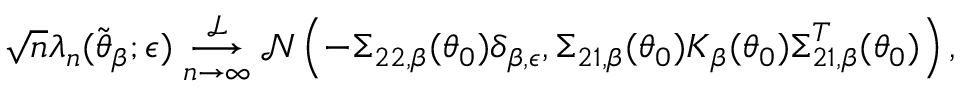
\sqrt { n } \boldsymbol { \lambda } _ { n } ( \widetilde { \boldsymbol { \theta } } _ { \beta } ; \epsilon ) \underset { n \rightarrow \infty } { \overset { \mathcal { L } } { \longrightarrow } } \mathcal { N } \left( - \boldsymbol { \Sigma } _ { 2 2 , \beta } ( \boldsymbol { \theta } _ { 0 } ) \boldsymbol { \delta } _ { \beta , \epsilon } , \boldsymbol { \Sigma } _ { 2 1 , \beta } ( \boldsymbol { \theta } _ { 0 } ) \boldsymbol { K } _ { \beta } ( \boldsymbol { \theta } _ { 0 } ) \boldsymbol { \Sigma } _ { 2 1 , \beta } ^ { T } ( \boldsymbol { \theta } _ { 0 } ) \right) ,